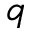
q